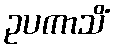
ဥပကာသိံ